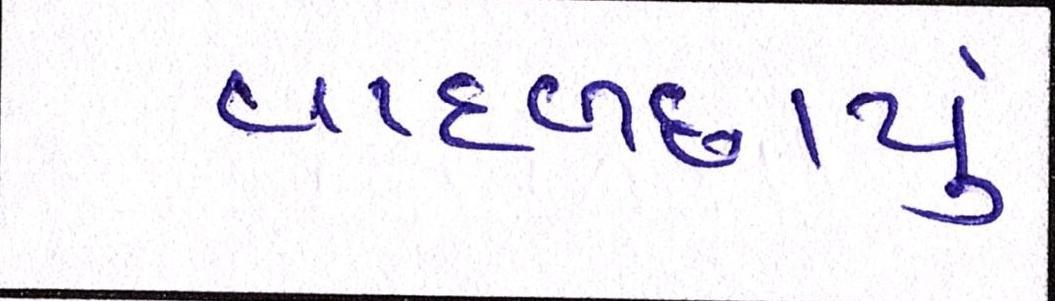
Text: વાદળછાયું